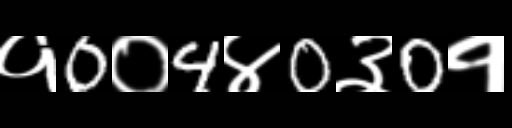
Text: १0०4४0३0१